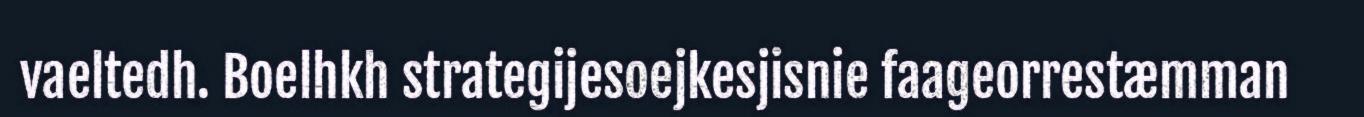
vaeltedh. Boelhkh strategijesoejkesjisnie faageorrestæmman